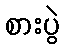
စားပွဲ